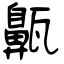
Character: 齀